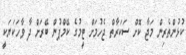
ކުޅުންތެރިން މަޖާ ކޮށް ސަކަރާތް ޖެހުމަށް ޓީމުގެ ކޭމްޕުން ބޭރަށް ދާ ވާހަކަޔަަކީ